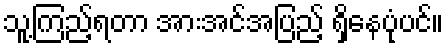
သူ့ကြည့်ရတာ အားအင်အပြည့် ရှိနေပုံပင်။